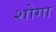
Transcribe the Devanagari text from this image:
शोगा